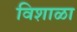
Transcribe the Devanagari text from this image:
विशाळा